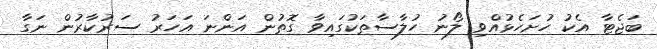
ބަޖެޓާ އެކު ހުށަހެޅުއްވި ލޯނު ހުލާސާތަކުގައިވާ ގޮތުން އަންނަ އަހަރު ސަރުކާރުން ނަގާ